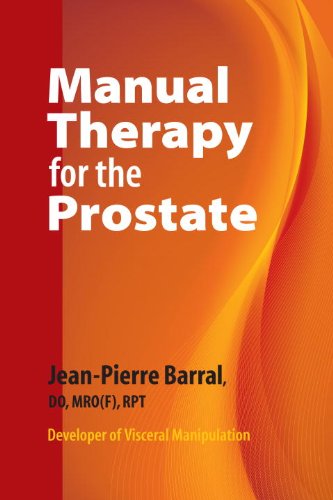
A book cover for Manual Therapy for the Prostate; Jean-Pierre Barral D.O.; Health, Fitness & Dieting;